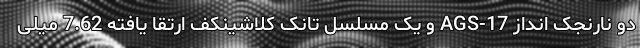
دو نارنجک انداز AGS-17 و یک مسلسل تانک کلاشینکف ارتقا یافته 7.62 میلی